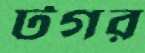
টগর